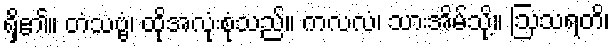
ရှိ၏။ တံသဗ္ဗံ၊ ထိုအလုံးစုံသည်။ ကလလံ၊ သားအိမ်သို့။ ဩသရတိ၊